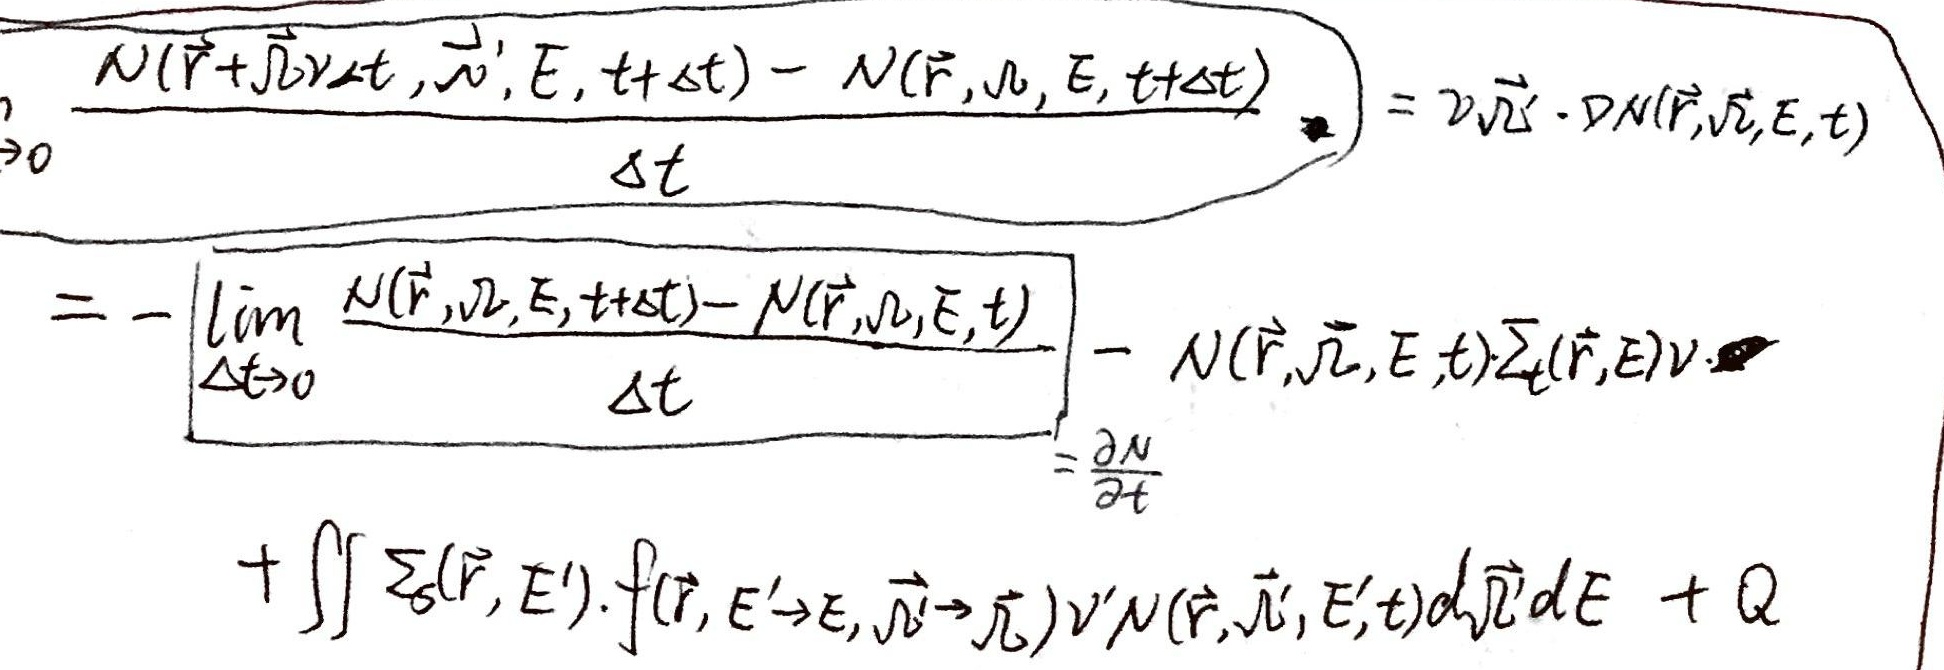
\[\begin{align*}
&\frac{N(\vec{r}+\vec{v}\Delta t,\vec{v}',E,t + \Delta t)-N(\vec{r},\vec{v},E,t+\Delta t)}{\Delta t}= 2\vec{v}\cdot\nabla N(\vec{r},\vec{v},E,t)\\
=&-\left[\lim_{\Delta t\rightarrow0}\frac{N(\vec{r},\vec{v},E,t+\Delta t)-N(\vec{r},\vec{v},E,t)}{\Delta t}\right]-N(\vec{r},\vec{v},E,t)\Sigma_t(\vec{r},E)v\\
=&-\frac{\partial N}{\partial t}+\iint\Sigma_s(\vec{r},E').f(\vec{r},E'\rightarrow E,\vec{v}'\rightarrow\vec{v})v'N(\vec{r},\vec{v}',E',t)d\vec{v}'dE + Q
\end{align*}\]